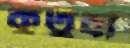
কুতুবা